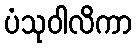
ပံသုဝါလိကာ